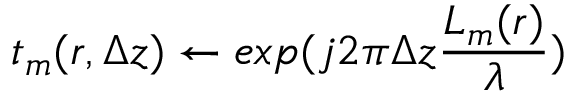
t _ { m } ( r , \Delta z ) \gets e x p ( j 2 \pi \Delta z \frac { L _ { m } ( r ) } { \lambda } )